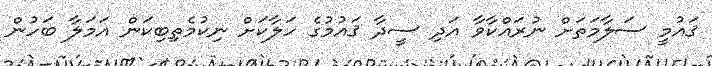
ޤައުމީ ސަލާމަތަށް ނުރައްކާވާ އަދި ސީދާ ޤައުމުގެ ހަލާކަށް ނިކުމެތިބިކަން އަމަލާ ބަހުން